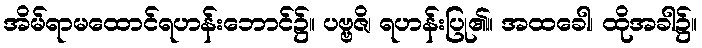
အိမ်ရာမထောင်ရဟန်းဘောင်၌။ ပဗ္ဗဇိ၊ ရဟန်းပြု၏။ အထခေါ၊ ထိုအခါ၌။